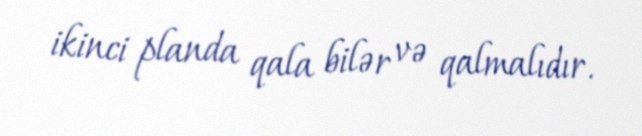
ikinci planda qala bilər və qalmalıdır.